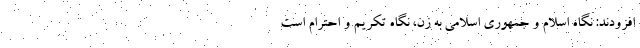
افزودند: نگاه اسلام و جمهوری اسلامی به زن، نگاه تکریم و احترام است